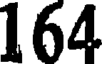
164